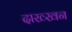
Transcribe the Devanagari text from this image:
दाख्खन